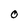
Character: O